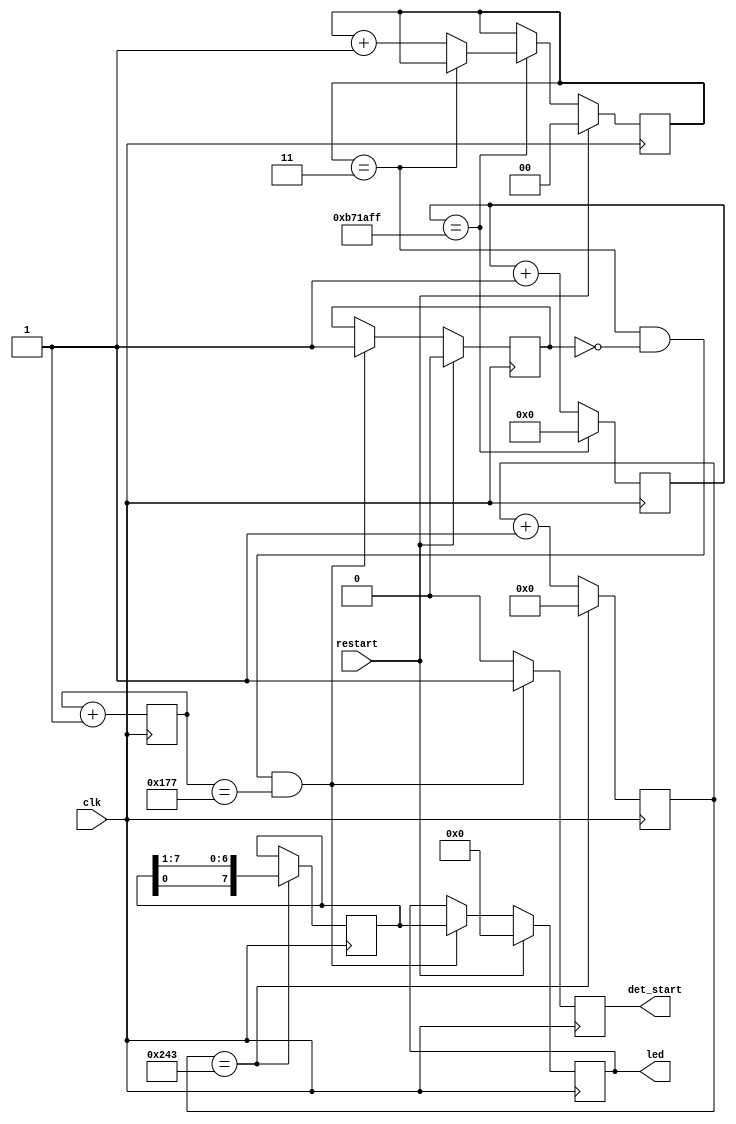
`timescale 1ns / 1ps
//////////////////////////////////////////////////////////////////////////////////
// Company: Myminieye
// 
// Create Date:   
// Design Name:  
// Module Name:  
// Project Name: 
// Target Devices: Gowin
// Tool Versions: 
// Description: 
//      
// Dependencies: 
// 
// Revision:
// Revision 0.01 - File Created
// Additional Comments:
// 
//////////////////////////////////////////////////////////////////////////////////

`define UD #1
module led_ctl(
    input                 clk,      //50MHz               
    input                 restart,  //    
                                                                      
    output reg            det_start,//                
    output reg   [7:0]    led      //LED      
);
    
    //============================================================================
    reg [25:0] time_1s_cnt = 26'd0;  //0~49_999_999 1s 
    always @(posedge clk)
    begin
        if(time_1s_cnt == 26'd1199_9999)
            time_1s_cnt <= `UD 26'd0;
        else
            time_1s_cnt <= `UD time_1s_cnt + 26'd1;
    end
    
    reg [1:0] second_cnt = 2'd0;
    always @(posedge clk)
    begin
        if(restart)
            second_cnt <= `UD 2'd0;
        else if(time_1s_cnt == 26'd1199_9999)
        begin
            if(second_cnt == 2'd3)
                second_cnt <= `UD second_cnt;
            else
                second_cnt <= `UD second_cnt + 2'd1;
        end
    end
    
    //============================================================================
    // 
    reg [7:0]  led_temp = 8'b0000_0001;
    reg [9:0]  time_led_cnt=10'd0;
    always @(posedge clk)
    begin
        if(time_led_cnt == 10'd579)
            time_led_cnt <= `UD 10'd0;
        else
            time_led_cnt <= `UD time_led_cnt + 10'd1;
    end
    
    always @(posedge clk)
    begin
        if(time_led_cnt == 10'd579)
            led_temp <= `UD {led_temp[0],led_temp[7:1]};
    end
    
    //===========================================================================
    reg [8:0] time_cnt=9'd0;   //led
    always @(posedge clk)
    begin
        time_cnt <= `UD time_cnt + 10'd1;
    end
    
    //==========================================================================
    reg   start_cnt=1'b0;  //start
    always @ (posedge clk)
    begin
        if(second_cnt == 2'd3 && start_cnt == 1'b0 && time_cnt == 10'd375)
            det_start <= `UD 1'b1;
        else
            det_start <= `UD 1'b0;
    end
    
    always @(posedge clk)
    begin
        if(restart)
            start_cnt <= `UD 1'b0;
        else if(second_cnt == 2'd3 && start_cnt == 1'b0 && time_cnt == 10'd375)
            start_cnt <= `UD 1'b1;
    end
    
    always @(posedge clk)
    begin
        if(restart)
            led <= `UD 8'b0000_0000;
        else if(second_cnt == 2'd3 && start_cnt == 1'b0 && time_cnt == 10'd375)
            led <= `UD led_temp;
    end

endmodule